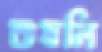
শুষলি